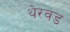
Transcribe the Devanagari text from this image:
थेरवड